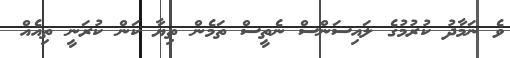
ވެ ނަމާދު ކުރުމުގެ ލައިސަންސް ނެތީސް ތަމެން ތިޔާ ކަން ކުރަނީ ތިއެއް